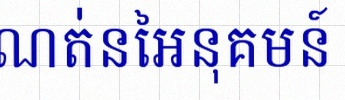
រកដែនកំណត់នៃអនុគមន៍